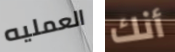
العمليه أنك